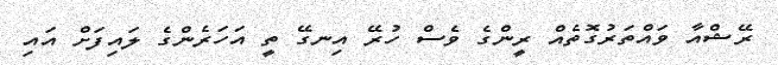
ރޭޝްއާ ވައްތަރުގޮތެއް ރީންގެ ވެސް ހުރޭ އިނގޭ ތީ އަހަރެންގެ ލައިފަށް އައި